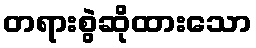
တရားစွဲဆိုထားသော